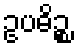
ဥပဓိဉ္စ